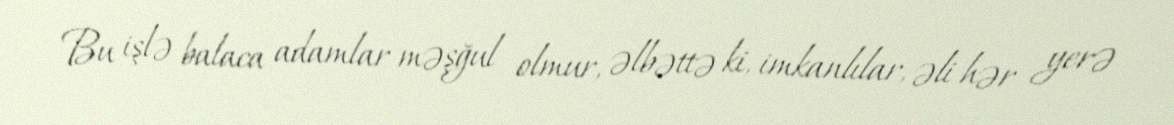
Bu işlə balaca adamlar məşğul olmur, əlbəttə ki, imkanlılar, əli hər yerə